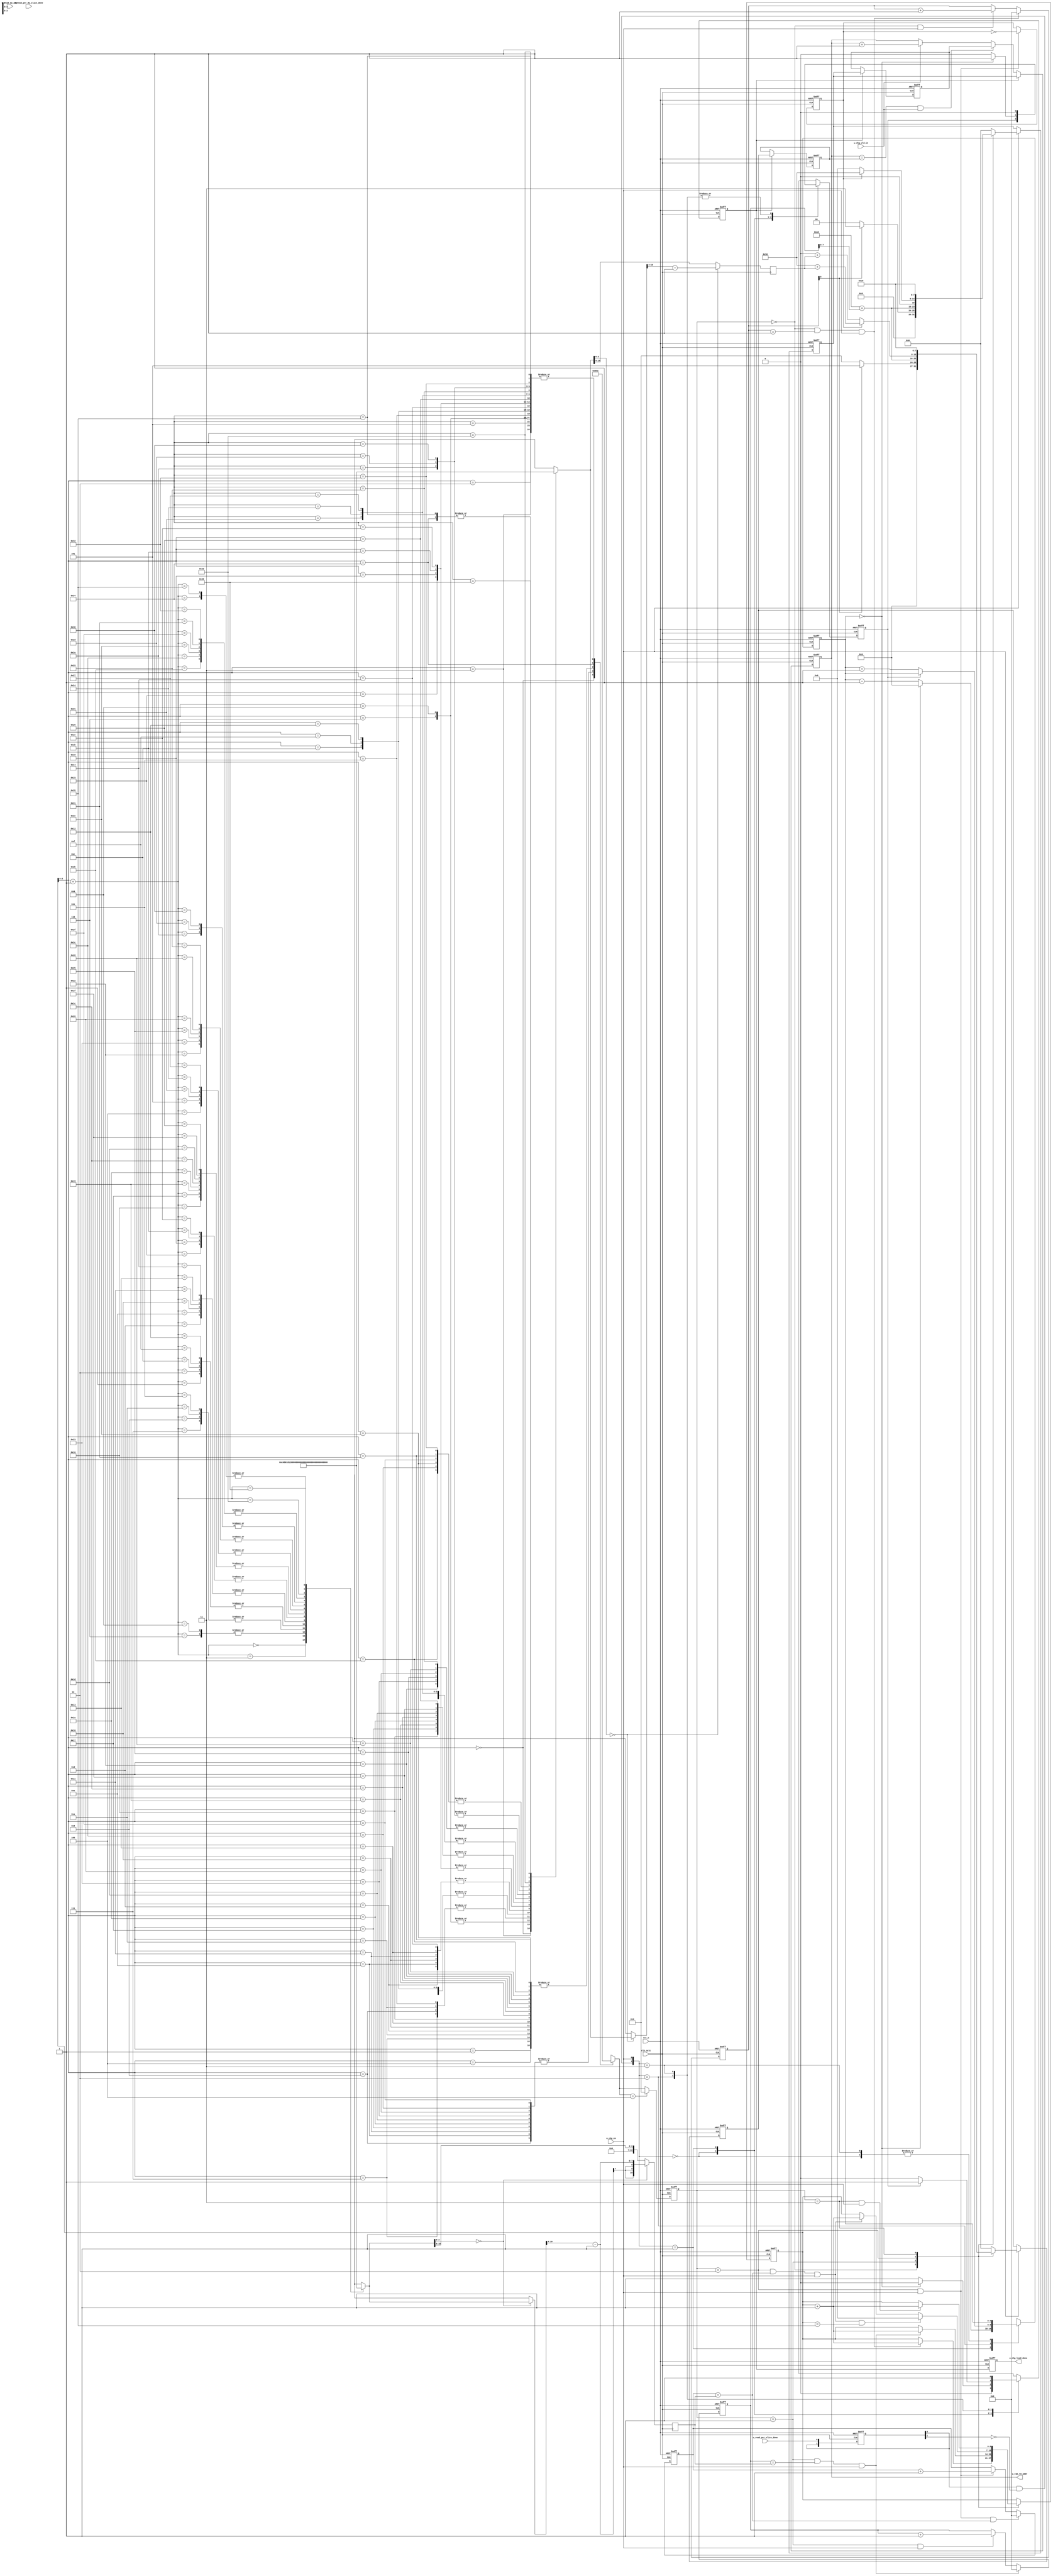
module w_chg_ctrl(
    input                   clk_calc,
    input                   rst_n,
    
    input                   w_read_per_slice_done,
    input                   w_read_per_dw_slice_done,
    input [7:0]             w_read_dw_addr,
    
    input                   w_chg_en,
    input                   w_chg_vld_in,
    
    output [7:0]            w_ram_rd_addr,
    output reg              w_chg_load_done
);

parameter CONV_MODE  = 2'd0;
parameter DW_MODE    = 2'd1;
parameter PW_MODE    = 2'd2;
parameter AVGPL_MODE = 2'd3;

parameter L_CONV  = 3'd0;
parameter L_DW    = 3'd1;
parameter L_PW    = 3'd2;
parameter L_AVGPL = 3'd3;
parameter L_PW_SC = 3'd4;

reg  [7:0]                      pic_size;
reg  [10:0]                     c_size;
reg  [10:0]                     c_size_quarter;
reg  [10:0]                     ci_div_16_1;
reg  [10:0]                     co_div_16_1;
wire [2:0]                      layer_type[53:0];
wire                            w_chg_conv_done;
wire                            w_chg_dw_done;
wire                            w_chg_pw_done;
wire                            w_chg_avgle_done;
wire [10:0]                     c_size_i[54:0];
wire                            s_value[53:0];


reg [7:0]                       w_chg_ctrl_ub; //weight change control upper bound  
reg [7:0]                       w_chg_ctrl_lb; //weight change control lower bound
reg                             w_ram_chg_vld; //weight change control load vld

reg [2:0]                       layer_type_cur;
reg [6:0]                       layer_num_cur;

always @ (posedge clk_calc or negedge rst_n) begin 
	if (!rst_n) begin 
		layer_type_cur <= 7'd0;
	end else begin 
		layer_type_cur <= layer_type[layer_num_cur] == L_PW_SC ? L_PW : layer_type[layer_num_cur];
	end
end

always @ (posedge clk_calc or negedge rst_n) begin 
	if (!rst_n) begin 
		layer_num_cur <= 7'd0;
	end else begin 
		case (layer_type_cur) 
			L_CONV : begin 
				if (w_chg_conv_done == 1'b1) begin 
					layer_num_cur <= layer_num_cur + 1'b1;
				end	else begin 
					layer_num_cur <= layer_num_cur;
				end
			end 
			L_DW : begin 
				if (w_chg_dw_done == 1'b1) begin 
					layer_num_cur <= layer_num_cur + 1'b1;
				end	else begin 
					layer_num_cur <= layer_num_cur;
				end
			end 
            L_PW : begin 
                if (w_chg_pw_done == 1'b1 && layer_num_cur == 7'd53) begin 
                    layer_num_cur <= 7'd0;
                end else if (w_chg_pw_done == 1'b1) begin
                    layer_num_cur <= layer_num_cur + 1'b1;
                end else begin 
                    layer_num_cur <= layer_num_cur;
                end
            end
            L_AVGPL : begin 
                if (w_chg_avgle_done == 1'b1) begin 
                    layer_num_cur <= layer_num_cur + 1'b1;
                end else begin 
                    layer_num_cur <= layer_num_cur;
                end
            end
			default : begin 
				layer_num_cur <= layer_num_cur;
			end
		endcase
	end
end

/*Weight change control for conv2d layer*/
reg [10:0]                      w_chg_conv_cnt;

always @ (posedge clk_calc or negedge rst_n) begin
    if (!rst_n) begin 
        w_chg_conv_cnt <= 11'd0;
    end 
    else if (layer_type_cur == L_CONV && w_chg_conv_cnt == 11'd1 && w_chg_en == 1'b1) begin
        w_chg_conv_cnt <= 11'd0;
    end 
    else if (layer_type_cur == L_CONV && w_chg_en == 1'b1) begin
        w_chg_conv_cnt <= w_chg_conv_cnt + 1'b1;
    end
end

assign w_chg_conv_done = layer_type_cur == L_CONV && w_chg_conv_cnt == 11'd1 && w_chg_en == 1'b1;

/*Weight change control for dw layer*/
reg [10:0]                     w_chg_dw_cnt;

always @ (posedge clk_calc or negedge rst_n) begin 
    if (!rst_n) begin 
        w_chg_dw_cnt <= 1'b0;
    end else if (layer_type_cur == L_DW && w_chg_dw_cnt == co_div_16_1 && w_chg_en == 1'b1) begin 
        w_chg_dw_cnt <= 1'b0;
    end else if (layer_type_cur == L_DW && w_chg_en == 1'b1) begin
        w_chg_dw_cnt <= w_chg_dw_cnt + 1'b1;
    end else begin 
        w_chg_dw_cnt <= w_chg_dw_cnt;
    end
end

assign w_chg_dw_done = layer_type_cur == L_DW && w_chg_dw_cnt == co_div_16_1 && w_chg_en == 1'b1;

/*Weight change control for pw layer*/
reg [10:0]                      w_chg_pw_cnt;
reg                             pw_ram_w_selec;
always @ (posedge clk_calc or negedge rst_n) begin 
    if (!rst_n) begin 
        w_chg_pw_cnt <= 1'b0;
    end else if (layer_type_cur == L_PW && w_chg_en == 1'b1 && w_chg_pw_cnt == co_div_16_1) begin 
        w_chg_pw_cnt <= 1'b0;
    end else if (layer_type_cur == L_PW && w_chg_en == 1'b1) begin 
        w_chg_pw_cnt <= w_chg_pw_cnt + 1'b1;
    end else begin 
        w_chg_pw_cnt <= w_chg_pw_cnt;
    end
end

assign w_chg_pw_done = layer_type_cur == L_PW && w_chg_pw_cnt == co_div_16_1 && w_chg_en == 1'b1;

always @ (posedge clk_calc or negedge rst_n) begin 
    if (!rst_n) begin 
        pw_ram_w_selec <= 1'b0;
    end else if (layer_type_cur == L_PW && w_chg_en == 1'b1) begin 
        pw_ram_w_selec <= ~pw_ram_w_selec;
    end
end

assign w_chg_avgle_done = layer_type_cur == L_AVGPL && w_chg_en == 1'b1;

/*Ram read addr selection control for weight change*/
//assign  c_size_i_d8_1 = c_size_i[layer_rd_num_cur][10:3] - 1'b1;

always @ (posedge clk_calc or negedge rst_n) begin
    if (!rst_n) begin
        w_chg_ctrl_ub <= 8'd0;
        w_chg_ctrl_lb <= 8'd0;
    end else if (w_chg_en == 1'b1) begin 
        case (layer_type_cur)
            L_CONV : begin 
                w_chg_ctrl_ub <= w_chg_conv_cnt[0] == 1'b0 ? 8'd2 : 9'd5;
                w_chg_ctrl_lb <= w_chg_conv_cnt[0] == 1'b0 ? 8'd0 : 9'd3;
            end
            L_DW : begin 
                w_chg_ctrl_ub <= 8'd160 + w_chg_dw_cnt[7:0];
                w_chg_ctrl_lb <= 8'd160 + w_chg_dw_cnt[7:0];
            end
            L_PW : begin 
                w_chg_ctrl_ub <= pw_ram_w_selec ? 8'd80 + ci_div_16_1[6:0] : 8'd0 + ci_div_16_1[6:0];
                w_chg_ctrl_lb <= pw_ram_w_selec ? 8'd80 : 8'd0;
            end
            L_AVGPL : begin 
                w_chg_ctrl_ub <= 8'd200;
                w_chg_ctrl_lb <= 8'd200;
            end
            default : begin 
                w_chg_ctrl_ub <= 8'd0;
                w_chg_ctrl_lb <= 8'd0;
            end
        endcase
    end else begin 
        w_chg_ctrl_ub <= w_chg_ctrl_ub;
        w_chg_ctrl_lb <= w_chg_ctrl_lb;
    end
end

/*Load signal for w_chg_ctrl_ub&w_chg_ctrl_lb*/

/*Load signal for w_chg_ctrl_ub&w_chg_ctrl_lb*/
reg [1:0]                       w_ram_chg_vld_state;
reg						        w_ram_chg_vld_reg;

reg [1:0]                       w_read_per_slice_done_r;
wire                            w_read_per_slice_done_s;

reg [4:0]                       w_ram_num;
reg                             w_ram_read_swait;
reg                             w_ram_chg_vld_p;

always @ (posedge clk_calc or negedge rst_n) begin 
    if (!rst_n) begin 
        w_read_per_slice_done_r <= 2'b0;
    end else begin 
        w_read_per_slice_done_r <= {w_read_per_slice_done_r[0], w_read_per_slice_done};
    end
end

assign w_read_per_slice_done_s = w_read_per_slice_done_r[0] & ~w_read_per_slice_done_r[1];

always @ (posedge clk_calc or negedge rst_n) begin 
    if (!rst_n) begin 
        w_ram_num <= 0;
        w_ram_read_swait <= 0;
        w_ram_chg_vld <= 0;
    end else begin 
        case ({w_read_per_slice_done_s, w_chg_en})
            2'b00 : begin 
                w_ram_num <= w_ram_num;
                w_ram_read_swait <= w_ram_read_swait;
                w_ram_chg_vld <= 1'b0;
            end 
            2'b01 : begin 
                w_ram_num <= w_ram_num == 0 ? 0 : w_ram_num - 1'b1;
                w_ram_read_swait <= w_ram_num == 0 ? 1'b1 : 1'b0;
                w_ram_chg_vld <= w_ram_num == 0 ? 1'b0 : 1'b1;
            end 
            2'b10 : begin 
                w_ram_num <= w_ram_read_swait == 1'b1 ? w_ram_num : w_ram_num + 1'b1;
                w_ram_read_swait <= 1'b0;
                w_ram_chg_vld <= w_ram_read_swait == 1'b1 ? 1'b1 : 1'b0;
            end
            2'b11 : begin 
                w_ram_num <= w_ram_num;
                w_ram_read_swait <= 1'b0;
                w_ram_chg_vld <= 1'b1;
            end
        endcase
    end
end

always @ (posedge clk_calc or negedge rst_n) begin 
    if (!rst_n) begin 
        w_ram_chg_vld_state <= 2'd0;
    end else /* if (w_chg_en == 1'b1) begin 
        w_ram_chg_vld_state <= w_ram_chg_vld_state | 2'b01;
    end else if (w_read_per_slice_done == 1'b1) begin 
        w_ram_chg_vld_state <= w_ram_chg_vld_state | 2'b10;
    end else */if (w_ram_chg_vld_reg == 1'b1) begin 
        w_ram_chg_vld_state <= 2'd0;
    end else begin 
        w_ram_chg_vld_state <= w_ram_chg_vld_state | {w_read_per_slice_done, w_chg_en};
    end
end

always @ (*) begin 
    w_ram_chg_vld_reg = w_ram_chg_vld_state == 2'b11;
end

always @ (posedge clk_calc or negedge rst_n) begin 
    if (!rst_n) begin
        // w_ram_chg_vld <= 1'b0;
        w_chg_load_done <= 1'b0;
    end else begin
        // w_ram_chg_vld <= w_ram_chg_vld_p;
        w_chg_load_done <= w_ram_chg_vld;
    end
end

/*Load w_chg_ctrl_ub&w_chg_ctrl_lb*/
reg [7:0]                       w_chg_ctrl_ub_load;                      
reg [7:0]                       w_chg_ctrl_lb_load;

always @ (posedge clk_calc or negedge rst_n) begin 
    if (!rst_n) begin 
        w_chg_ctrl_ub_load <= 8'd0;
        w_chg_ctrl_lb_load <= 8'd0;
    end else if (w_ram_chg_vld == 1'b1) begin 
        w_chg_ctrl_ub_load <= w_chg_ctrl_ub;
        w_chg_ctrl_lb_load <= w_chg_ctrl_lb;
    end
end

reg [7:0]                      rd_cnt_cur;
always @ (posedge clk_calc or negedge rst_n) begin
    if(!rst_n) begin
        rd_cnt_cur <= 8'd0;
    end else if (w_ram_chg_vld == 1'b1) begin 
        rd_cnt_cur <= w_chg_ctrl_lb;
    end else if (rd_cnt_cur == w_chg_ctrl_ub_load && w_chg_vld_in == 1'b1) begin
        rd_cnt_cur <= w_chg_ctrl_lb_load;
    end else if (w_chg_vld_in == 1'b1) begin
        rd_cnt_cur <= rd_cnt_cur + 1'b1;
    end
end

assign w_ram_rd_addr = rd_cnt_cur;


//layer type
assign layer_type[0]  = L_CONV;  assign layer_type[18] = L_PW;     assign layer_type[36] = L_PW;   
assign layer_type[1]  = L_DW;    assign layer_type[19] = L_DW;     assign layer_type[37] = L_DW;   
assign layer_type[2]  = L_PW;    assign layer_type[20] = L_PW;     assign layer_type[38] = L_PW_SC;

assign layer_type[3] = L_PW;     assign layer_type[21] = L_PW;     assign layer_type[39] = L_PW;
assign layer_type[4] = L_DW;     assign layer_type[22] = L_DW;     assign layer_type[40] = L_DW;
assign layer_type[5] = L_PW;     assign layer_type[23] = L_PW_SC;  assign layer_type[41] = L_PW;

assign layer_type[6] = L_PW;     assign layer_type[24] = L_PW;     assign layer_type[42] = L_PW;
assign layer_type[7] = L_DW;     assign layer_type[25] = L_DW;     assign layer_type[43] = L_DW;
assign layer_type[8] = L_PW_SC;  assign layer_type[26] = L_PW_SC;  assign layer_type[44] = L_PW_SC;

assign layer_type[9 ] = L_PW;    assign layer_type[27] = L_PW;     assign layer_type[45] = L_PW;   
assign layer_type[10] = L_DW;    assign layer_type[28] = L_DW;     assign layer_type[46] = L_DW;   
assign layer_type[11] = L_PW;    assign layer_type[29] = L_PW_SC;  assign layer_type[47] = L_PW_SC;

assign layer_type[12] = L_PW;    assign layer_type[30] = L_PW;     assign layer_type[48] = L_PW;
assign layer_type[13] = L_DW;    assign layer_type[31] = L_DW;     assign layer_type[49] = L_DW;
assign layer_type[14] = L_PW_SC; assign layer_type[32] = L_PW;     assign layer_type[50] = L_PW;

assign layer_type[15] = L_PW;    assign layer_type[33] = L_PW;     assign layer_type[51] = L_PW;
assign layer_type[16] = L_DW;    assign layer_type[34] = L_DW;     assign layer_type[52] = L_AVGPL;
assign layer_type[17] = L_PW_SC; assign layer_type[35] = L_PW_SC;  assign layer_type[53] = L_PW;

reg [7:0]           pic_size_next;

always @ (posedge clk_calc or negedge rst_n) begin
    if (!rst_n) begin
        pic_size <= 8'd128;
    end else begin
        pic_size <= pic_size_next;
    end
end

always @ (*) begin
    case (layer_num_cur)
        0 : 
        begin
            pic_size_next = 8'd128;
        end
        1,2,3,4 : 
        begin
            pic_size_next = 8'd64;
        end
        5,6,7,8,9,10 :
        begin
            pic_size_next = 8'd32;
        end
        11,12,13,14,15,16,17,18,19 :
        begin
            pic_size_next = 8'd16;
        end
        20,21,22,23,24,25,26,27,28,
        29,30,31,32,33,34,35,36,37,
        38,39,40 :
        begin
            pic_size_next = 8'd8;
        end
        41,42,43,44,45,46,47,48,49,
        50,51,52 : 
        begin
            pic_size_next = 8'd4;
        end
        default : begin
            pic_size_next = 8'd1;
        end
    endcase
end

always @ (posedge clk_calc) begin 
    c_size <= c_size_i[layer_num_cur];
    c_size_quarter <= c_size_i[layer_num_cur][10:2] - 1'b1;
end

always @ (posedge clk_calc) begin 
    if (c_size_i[layer_num_cur+1][3:0] == 4'd0) begin 
        co_div_16_1 <= {4'b0, c_size_i[layer_num_cur+1][10:4]} - 1'b1;
    end else begin 
        co_div_16_1 <= {4'b0, c_size_i[layer_num_cur+1][10:4]};
    end
end

always @ (posedge clk_calc) begin 
    if (c_size_i[layer_num_cur][3:0] == 4'd0) begin 
        ci_div_16_1 <= {4'b0, c_size_i[layer_num_cur][10:4]} - 1'b1;
    end else begin 
        ci_div_16_1 <= {4'b0, c_size_i[layer_num_cur][10:4]};
    end
end

//c_size_i
assign c_size_i[ 0] = 11'd3   ; assign c_size_i[19] = 11'd192 ; assign c_size_i[37] = 11'd576 ; 
assign c_size_i[ 1] = 11'd32  ; assign c_size_i[20] = 11'd192 ; assign c_size_i[38] = 11'd576 ;
assign c_size_i[ 2] = 11'd32  ; assign c_size_i[21] = 11'd64  ; assign c_size_i[39] = 11'd96  ; 
assign c_size_i[ 3] = 11'd16  ; assign c_size_i[22] = 11'd384 ; assign c_size_i[40] = 11'd576 ; 
assign c_size_i[ 4] = 11'd96  ; assign c_size_i[23] = 11'd384 ; assign c_size_i[41] = 11'd576 ;
assign c_size_i[ 5] = 11'd96  ; assign c_size_i[24] = 11'd64  ; assign c_size_i[42] = 11'd160 ; 
assign c_size_i[ 6] = 11'd24  ; assign c_size_i[25] = 11'd384 ; assign c_size_i[43] = 11'd960 ; 
assign c_size_i[ 7] = 11'd144 ; assign c_size_i[26] = 11'd384 ; assign c_size_i[44] = 11'd960 ;
assign c_size_i[ 8] = 11'd144 ; assign c_size_i[27] = 11'd64  ; assign c_size_i[45] = 11'd160 ; 
assign c_size_i[ 9] = 11'd24  ; assign c_size_i[28] = 11'd384 ; assign c_size_i[46] = 11'd960 ; 
assign c_size_i[10] = 11'd144 ; assign c_size_i[29] = 11'd384 ; assign c_size_i[47] = 11'd960 ;
assign c_size_i[11] = 11'd144 ; assign c_size_i[30] = 11'd64  ; assign c_size_i[48] = 11'd160 ; 
assign c_size_i[12] = 11'd32  ; assign c_size_i[31] = 11'd384 ; assign c_size_i[49] = 11'd960 ; 
assign c_size_i[13] = 11'd192 ; assign c_size_i[32] = 11'd384 ; assign c_size_i[50] = 11'd960 ;
assign c_size_i[14] = 11'd192 ; assign c_size_i[33] = 11'd96  ; assign c_size_i[51] = 11'd320 ; 
assign c_size_i[15] = 11'd32  ; assign c_size_i[34] = 11'd576 ; assign c_size_i[52] = 11'd1280; 
assign c_size_i[16] = 11'd192 ; assign c_size_i[35] = 11'd576 ; assign c_size_i[53] = 11'd1280;
assign c_size_i[17] = 11'd192 ; assign c_size_i[36] = 11'd96  ; assign c_size_i[54] = 11'd1008;
assign c_size_i[18] = 11'd32  ; 

//stride
assign s_value[ 0] = 1'd1; assign s_value[18] = 1'd0; assign s_value[36] = 1'd0;
assign s_value[ 1] = 1'd0; assign s_value[19] = 1'd1; assign s_value[37] = 1'd0;
assign s_value[ 2] = 1'd0; assign s_value[20] = 1'd0; assign s_value[38] = 1'd0;
assign s_value[ 3] = 1'd0; assign s_value[21] = 1'd0; assign s_value[39] = 1'd0;
assign s_value[ 4] = 1'd1; assign s_value[22] = 1'd0; assign s_value[40] = 1'd1;
assign s_value[ 5] = 1'd0; assign s_value[23] = 1'd0; assign s_value[41] = 1'd0;
assign s_value[ 6] = 1'd0; assign s_value[24] = 1'd0; assign s_value[42] = 1'd0;
assign s_value[ 7] = 1'd0; assign s_value[25] = 1'd0; assign s_value[43] = 1'd0;
assign s_value[ 8] = 1'd0; assign s_value[26] = 1'd0; assign s_value[44] = 1'd0;
assign s_value[ 9] = 1'd0; assign s_value[27] = 1'd0; assign s_value[45] = 1'd0;
assign s_value[10] = 1'd1; assign s_value[28] = 1'd0; assign s_value[46] = 1'd0;
assign s_value[11] = 1'd0; assign s_value[29] = 1'd0; assign s_value[47] = 1'd0;
assign s_value[12] = 1'd0; assign s_value[30] = 1'd0; assign s_value[48] = 1'd0;
assign s_value[13] = 1'd0; assign s_value[31] = 1'd0; assign s_value[49] = 1'd0;
assign s_value[14] = 1'd0; assign s_value[32] = 1'd0; assign s_value[50] = 1'd0;
assign s_value[15] = 1'd0; assign s_value[33] = 1'd0; assign s_value[51] = 1'd0;
assign s_value[16] = 1'd0; assign s_value[34] = 1'd0; assign s_value[52] = 1'd0;
assign s_value[17] = 1'd0; assign s_value[35] = 1'd0; assign s_value[53] = 1'd0;

endmodule